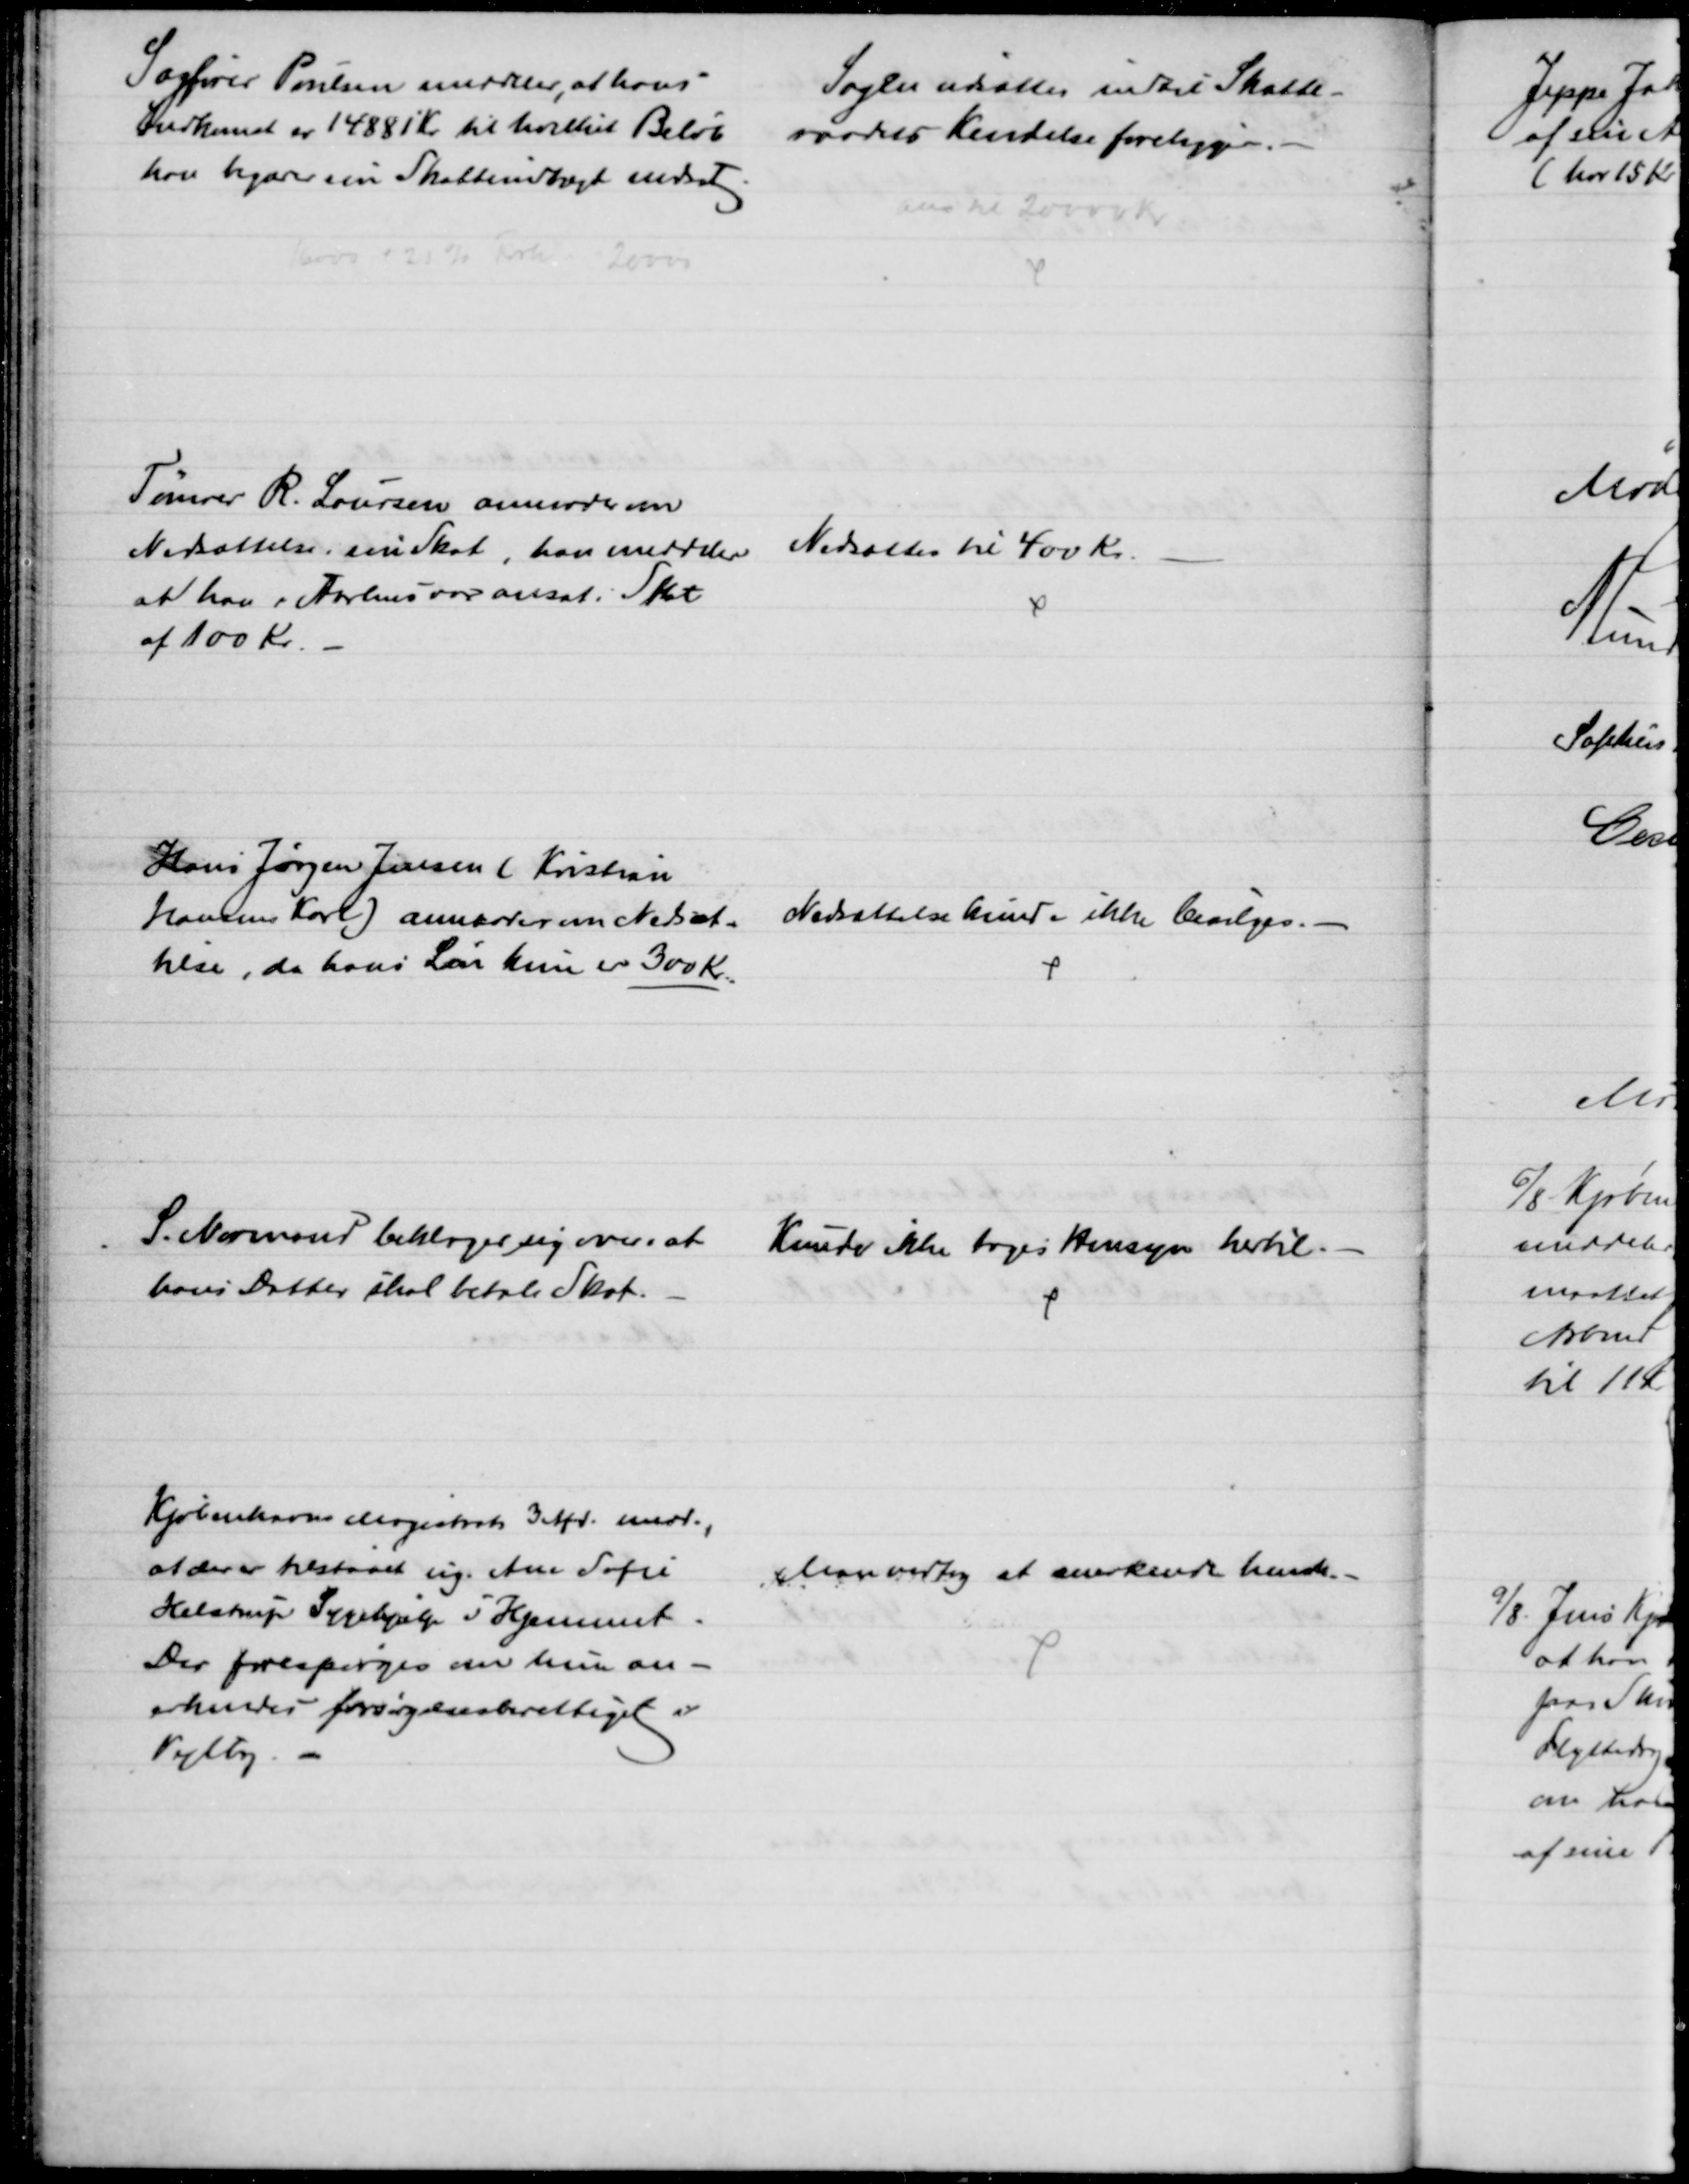
Transskription:
Sagfører Poulsen meddeler, at hans
Indkomst er 14881 Kr til hvilket Beløb
han begærer sin Skatteindtægt nedsat
Sagen udsættes indtil Skatte-
raadets Kendelse foreligger.
16000 ' 25%  20000
ans til 20000 Kr
Tømrer R. Laursen anmoder om
Nedsættelse i sin skat, han meddeler
at han i Aarhus var ansat i Skat
af 100 kr.
Nedsættes til 400 Kr.
Hans Jørgen Jensen ( Kristian
Hansens Karl) anmoder om Nedsæt-
telse, da hans Løn kun er 300 Kr.
Nedsættelse kunde ikke bevilges.
S. Normand beklager sig over, at
hans Datter skal betale Skat.
Kunde ikke tages Hensyn hertil.
Kjøbenhavns Magistrat 3 Afd. medd.,
at der er tilstaaet ug. Ane Sofie
Helstrup Sygehjælp i Hjemmet.
Der forespørges om hun an-
erkendes forsørgelsesberettiget i
Vejlby.
Man vedtog at anerkende hende.